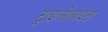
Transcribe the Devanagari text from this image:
ट्राइलोबाइटा